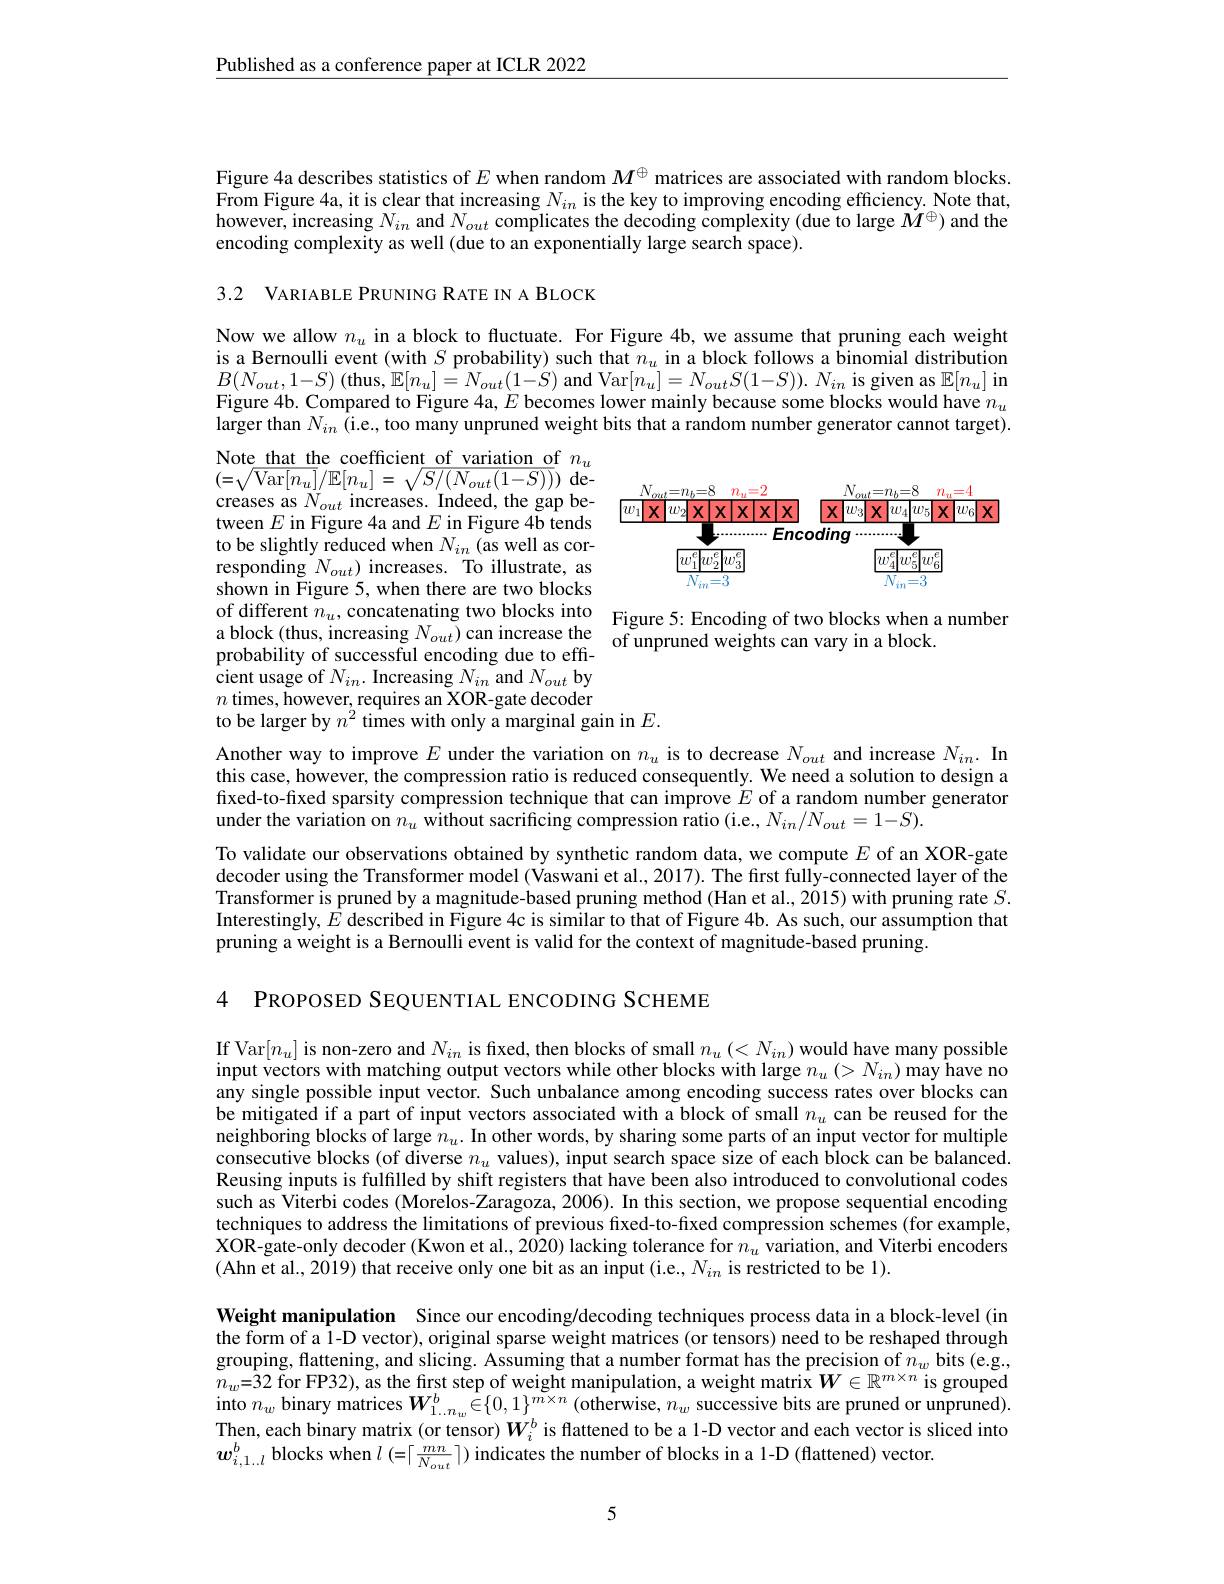
$\underline{\text{Published as a conference paper at ICLR 2022}}$

Figure 4a describes statistics of $E$ when random $M^{\oplus}$ matrices are associated with random blocks. From Figure 4a, it is clear that increasing $N_{in}$ is the key to improving encoding efficiency. Note that, however, increasing $N_{in}$ and $N_out$ complicates the decoding complexity (due to large $M^\oplus)$ and the encoding complexity as well (due to an exponentially large search space).

3.2 VARIABLE PRUNING RATE IN A BLOCK

Now we allow $n_u$ in a block to fluctuate. For Figure 4b, we assume that pruning each weight is a Bernoulli event (with $S$ probability) such that $n_u$ in a block follows a binomial distribution $B(N_{out},1-S)$ (thus,$\mathbb{E}[n_u]=N_{out}(1-S)$ and Var$[n_u]=N_{out}S(1-S)).N_{in}$ is given as $\mathbb{E}[n_u]$ in Figure 4b. Compared to Figure 4a, $E$ becomes lower mainly because some blocks would have $n_u$ larger than $N_{in}$ (i.e., too many unpruned weight bits that a random number generator cannot target).

<FigureHere>
of different $n_u$, concatenating two blocks into Figure 5: Encoding of two blocks when a number

Note that the coefficient of variation of $n_u$ $( = \sqrt {\mathrm{Var}[ n_{u}] }/ \mathbb{E} [ n_{u}] = \sqrt {S/ ( N_{out}( 1- S) ) })$ decreases as $N_{out}$ increases. Indeed, the gap between $E$ in Figure 4a and $E$ in Figure 4b tends to be slightly reduced when $N_{in}$ (as well as corresponding $N_{out})$ increases. To illustrate, as shown in Figure 5, when there are two blocks a block (thus, increasing $\bar{N_{out}})$ can increase the of unpruned weights can vary in a block.
$\mathop{\text{cient usage of }}N_{in}.\mathop{\mathrm{Increasing~}}N_{in}\mathop{\mathrm{and~}}N_{out}\mathop{\mathrm{by}}$
$\begin{array}{l}{n\text{ times, however, requires an XOR-gate decoder}}\\{\text{to be larger by }n^{2}\text{ times with only a marginal gain in }E.}\end{array}$

Another way to improve $E$ under the variation on $n_u$ is to decrease $N_{out}$ and increase $N_{in}.$ In this case, however, the compression ratio is reduced consequently. We need a solution to design a fixed-to-fixed sparsity compression technique that can improve $\dot{E}$ of a random number generator under the variation on $n_u$ without sacrificing compression ratio (i.e., $N_in/N_{out}=1-S).$

To validate our observations obtained by synthetic random data, we compute $E$ of an XOR-gate decoder using the Transformer model (Vaswani et al., 2017). The first fully-connected layer of the Transformer is pruned by a magnitude-based pruning method (Han et al., 2015) with pruning rate $S.$ Interestingly, $E$ described in Figure 4c is similar to that of Figure 4b. As such, our assumption that pruning a weight is a Bernoulli event is valid for the context of magnitude-based pruning.

4 PROPOSED SEQUENTIAL ENCODING SCHEME

If Var$[n_u]$ is non-zero and $N_in$ is fixed, then blocks of small $n_u(<N_{in})$ would have many possible input vectors with matching output vectors while other blocks with large $n_u\left(>N_{in}\right)$ may have no any single possible input vector. Such unbalance among encoding success rates over blocks can be mitigated if a part of input vectors associated with a block of small $n_u$ can be reused for the neighboring blocks of large $n_u.$ In other words, by sharing some parts of an input vector for multiple consecutive blocks (of diverse $n_u$ values), input search space size of each block can be balanced. Reusing inputs is fulfilled by shift registers that have been also introduced to convolutional codes such as Viterbi codes (Morelos-Zaragoza, 2006). In this section, we propose sequential encoding techniques to address the limitations of previous fxed-to-fixed compression schemes (for example, XOR-gate-only decoder (Kwon et al., 2020) lacking tolerance for $n_u$ variation, and Viterbi encoders (Ahn et al., 2019) that receive only one bit as an input (i.e., $N_in$ is restricted to be 1).

Weight manipulation Since our encoding/decoding techniques process data in a block-level (in the form of a l-D vector), original sparse weight matrices (or tensors) need to be reshaped through grouping, flattening, and slicing. Assuming that a number format has the precision of $n_w$ bits (e.g. $n_w=32$ for FP32), as the first step of weight manipulation, a weight matrix $W\in\mathbb{R}^m\times n$ is grouped into $n_w$ binary matrices $\boldsymbol W_1..n_w^b\hat{\in}\{0,1\}^{m\times n}$ (otherwise, $n_w$ successive bits are pruned or unpruned). Then, each binary matrix (or tensor) $W_i^b$ is flattened to be a 1-D vector and each vector is sliced into $w_{i,1..l}^{b}$ blocks when $l\left(=\lceil\frac{mn}{N_{out}}\rceil\right)$ indicates the number of blocks in a 1-D (flattened) vector.

5